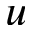
u